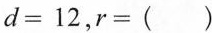
$$d= 12$$,$$r=( )$$